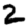
Digit: 2